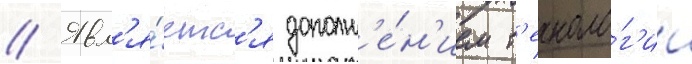
// Явл'я́етс'я дополн'е́н'ием т'ехноло́г'ии